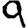
Digit: 9